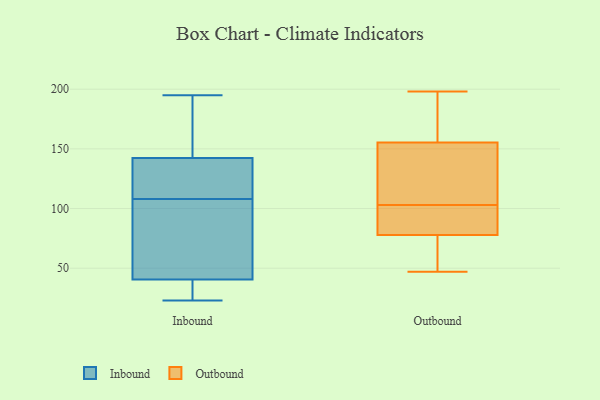
{"axis": {"x": "Humidity (%)", "y": "Value"}, "legend": ["Inbound", "Outbound"], "data": [{"x": "", "y": 62, "type": "Inbound"}, {"x": "", "y": 108, "type": "Inbound"}, {"x": "", "y": 31, "type": "Inbound"}, {"x": "", "y": 138, "type": "Inbound"}, {"x": "", "y": 82, "type": "Inbound"}, {"x": "", "y": 115, "type": "Inbound"}, {"x": "", "y": 23, "type": "Inbound"}, {"x": "", "y": 155, "type": "Inbound"}, {"x": "", "y": 195, "type": "Inbound"}, {"x": "", "y": 41, "type": "Inbound"}, {"x": "", "y": 113, "type": "Inbound"}, {"x": "", "y": 39, "type": "Inbound"}, {"x": "", "y": 184, "type": "Inbound"}, {"x": "", "y": 182, "type": "Outbound"}, {"x": "", "y": 121, "type": "Outbound"}, {"x": "", "y": 141, "type": "Outbound"}, {"x": "", "y": 77, "type": "Outbound"}, {"x": "", "y": 80, "type": "Outbound"}, {"x": "", "y": 76, "type": "Outbound"}, {"x": "", "y": 95, "type": "Outbound"}, {"x": "", "y": 183, "type": "Outbound"}, {"x": "", "y": 160, "type": "Outbound"}, {"x": "", "y": 84, "type": "Outbound"}, {"x": "", "y": 47, "type": "Outbound"}, {"x": "", "y": 198, "type": "Outbound"}, {"x": "", "y": 50, "type": "Outbound"}, {"x": "", "y": 103, "type": "Outbound"}, {"x": "", "y": 117, "type": "Outbound"}]}